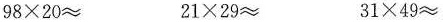
$$98 \times 20 \approx $$ $$21 \times 29 \approx $$ $$31 \times 49 \approx $$